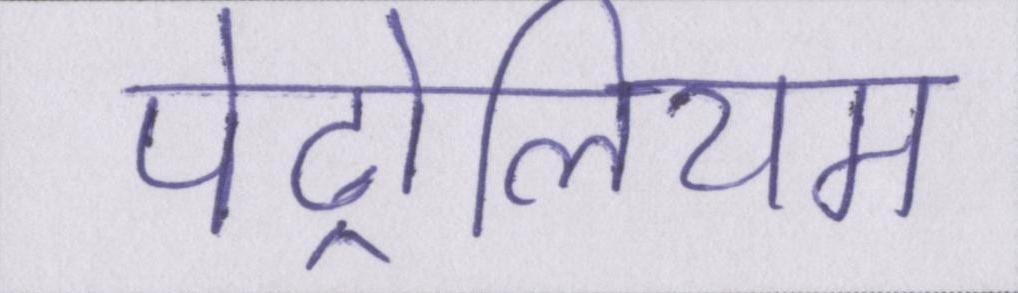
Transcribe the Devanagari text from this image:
पेट्रोलियम